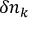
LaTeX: \delta n _ { k }